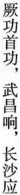
厥功首功，武昌响，长沙应